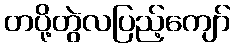
တပို့တွဲလပြည့်ကျော်